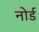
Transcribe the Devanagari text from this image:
नोर्ड